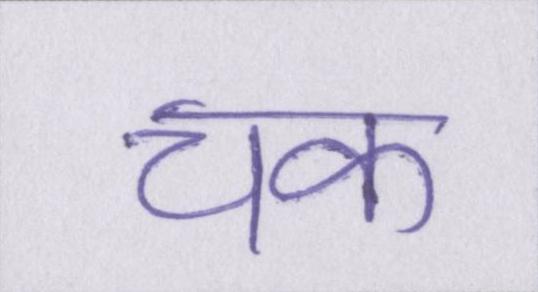
चक